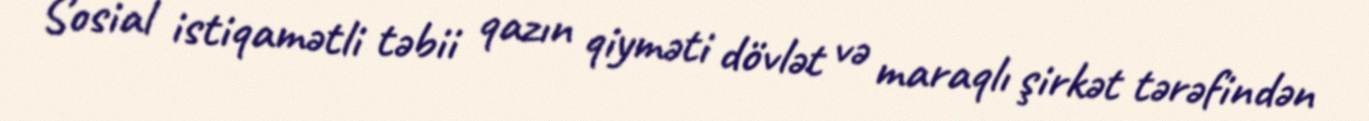
Sosial istiqamətli təbii qazın qiyməti dövlət və maraqlı şirkət tərəfindən